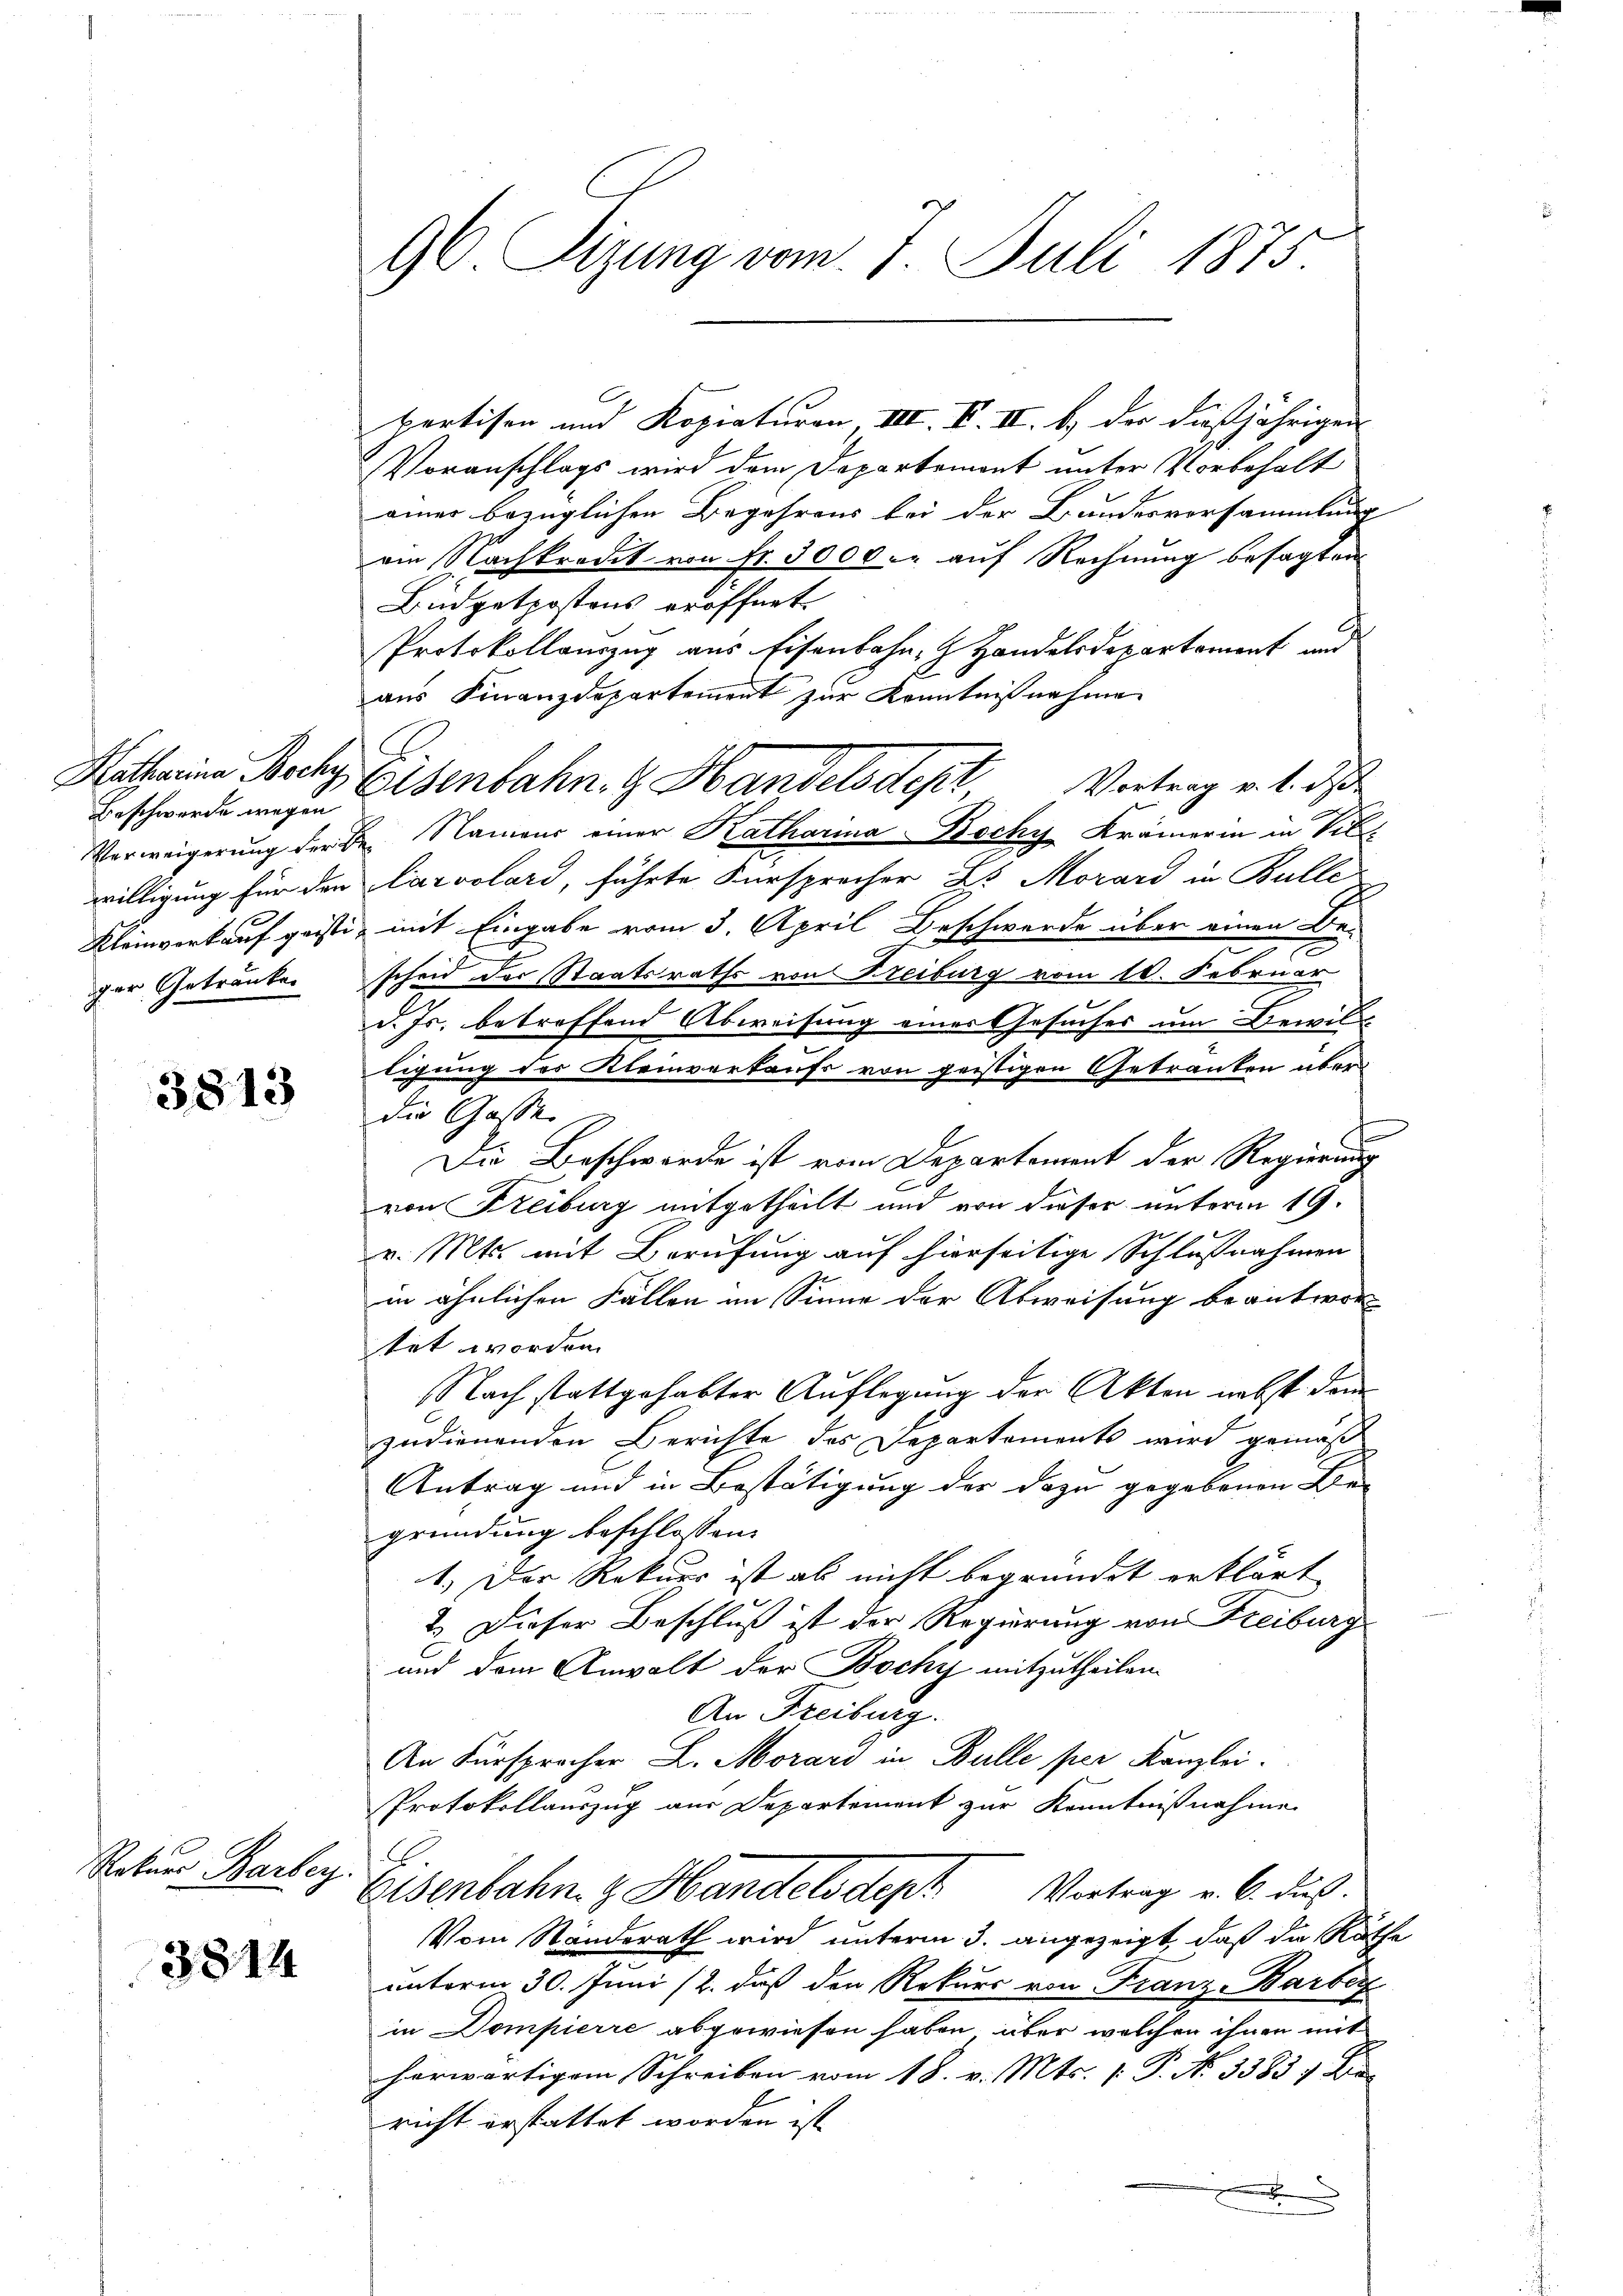
Beschwerde wegen
ger Getränken

3813

Rekurs Barbey.

3814

90. Sizung vom 1. Juli 1875.

pertisen und Kopiaturen VIII. V. II. b.) der dießjährigen
Voranschlags wird dem Departemont unter Vorbehalt
ainer bezüglichen Begehrens bei der Bundesversammlung
am Nachkredit von Fr. 3000. auf Rechnung besagten
Büdgetpostens eröffnet.
Protokollauszug aus Eisenbahn- & Handelsdepartement und
aus Finanzdepartement zur Kenntnißnahmen
Hatharina Bach Eisenbahn. G. Handelsdept Vortrag v. 1. ds
Verweigerung der Be- Namens einer Katharina Bochy Krämerin in Vill
willigung für den Caroolard, führte Fürsprecher Bs Morard in Bulle
Kleinverkauf geisti mit Eingabe vom 3. April Beschwerde über einen Be-
scheid der Staatsraths von Freiburg vom 10. Februar
d. Js. betreffend Abweisung einer Gesuches um Bewiltigung der Kleinverkaufs von geistigen Getränken über
die Gasse
Die Beschwerde ist vom Departement der Regierung
von Freiburg mitgetheilt und von dieser unterm 19.
v. Mts. mit Berufung auf hierseitige Schlußnahmen
in ähnlichen Fällen im Sinne der Abweisung beantwor
tet worden.
Nach stattgehabter Auflegung der Akten nebst dem
zudienenden Berichte des Departements wird gemäß
Antrag und in Bestätigung der dazu gegebenen Be-
gründung beschlossen:
1. Der Rekurs ist als nicht begründet erklärt,
2.) Dieser Beschluß ist der Regierung von Freiburg
und dem Anwalt der Bochy mitzutheilen.
An Freiburg.
An Fürsprocher L. Morard in Bulle per Kanzlei.
Protokollauszug aus Departement zur Kenntnißnahme
A.
Eisenbahn z. Handelsdept Vortrag v. 6. ds.
Vom Standerath wird unterm 3. angezeigt, daß die Räthe
unterm 30. Juni /2., daß den Rekurs von Franz-Barber
in Dompierre abgewiesen haben, über welchen ihnen mit
herwärtigem Schreiben vom 18. v. Mts. [ P. No 3383; Be
richt erstattet worden ist
h
d